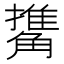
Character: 𧤹